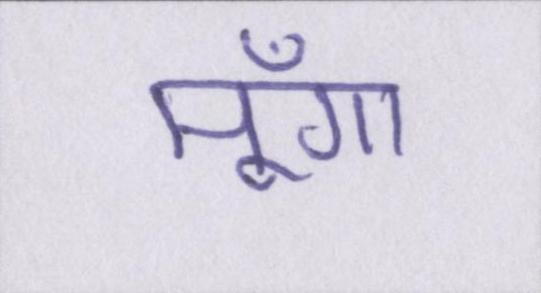
मूँगा